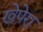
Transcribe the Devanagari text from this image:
खेपेरा